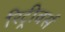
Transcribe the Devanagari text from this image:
रिट्रीवर्स